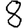
Digit: 8